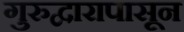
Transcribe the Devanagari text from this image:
गुरुद्वारापासून